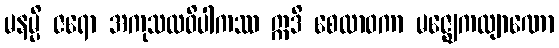
မနမ္ပိ ဇရော အကုသလဝိပါကဿ ဣဒိ စေလာဝကာ မဇ္ဈေကလျာဏော